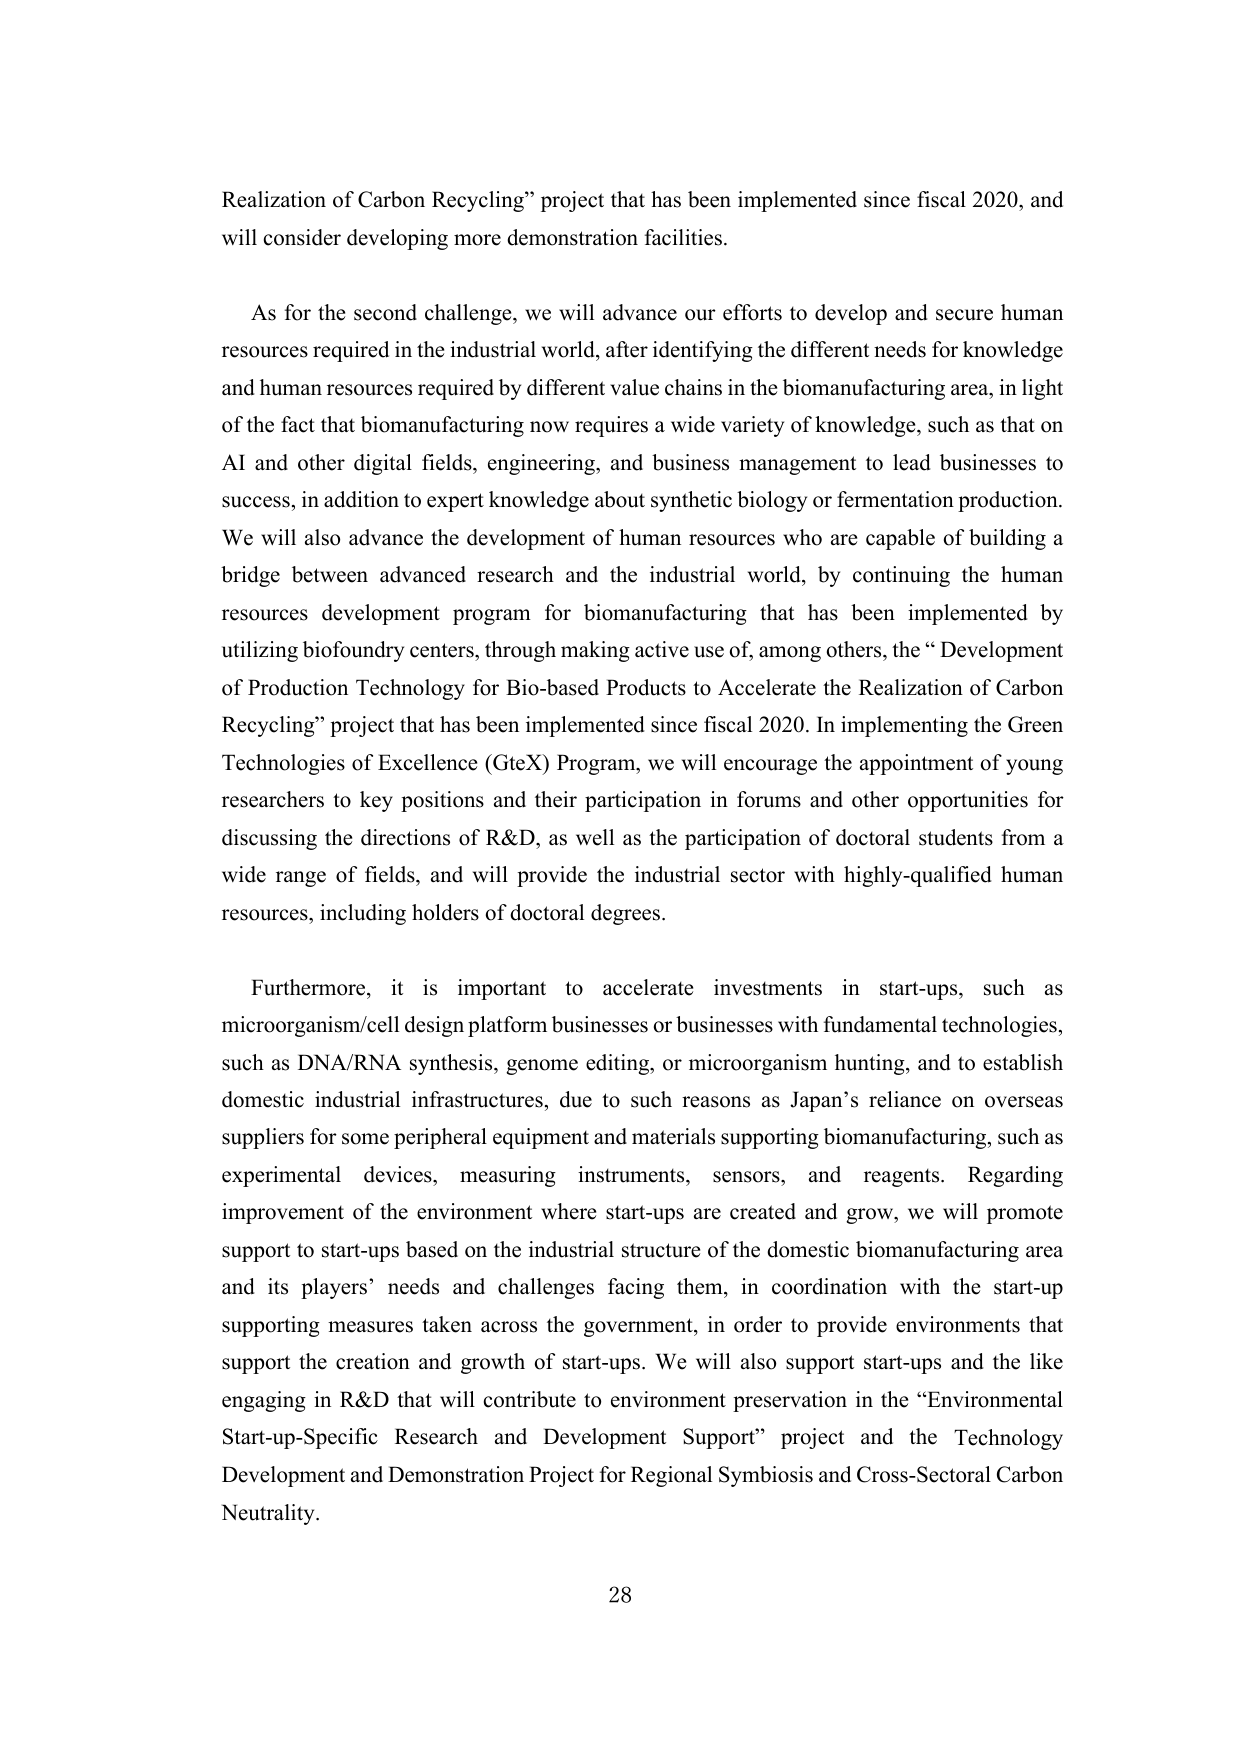
Realization of Carbon Recycling” project that has been implemented since fiscal 2020, and will consider developing more demonstration facilities.

As for the second challenge, we will advance our efforts to develop and secure human resources required in the industrial world, after identifying the different needs for knowledge and human resources required by different value chains in the biomanufacturing area, in light of the fact that biomanufacturing now requires a wide variety of knowledge, such as that on AI and other digital fields, engineering, and business management to lead businesses to success, in addition to expert knowledge about synthetic biology or fermentation production. We will also advance the development of human resources who are capable of building a bridge between advanced research and the industrial world, by continuing the human resources development program for biomanufacturing that has been implemented by utilizing biofoundry centers, through making active use of, among others, the “Development of Production Technology for Bio-based Products to Accelerate the Realization of Carbon Recycling” project that has been implemented since fiscal 2020. In implementing the Green Technologies of Excellence (GteX) Program, we will encourage the appointment of young researchers to key positions and their participation in forums and other opportunities for discussing the directions of R&D, as well as the participation of doctoral students from a wide range of fields, and will provide the industrial sector with highly-qualified human resources, including holders of doctoral degrees.

Furthermore, it is important to accelerate investments in start-ups, such as microorganism/cell design platform businesses or businesses with fundamental technologies, such as DNA/RNA synthesis, genome editing, or microorganism hunting, and to establish domestic industrial infrastructures, due to such reasons as Japan’s reliance on overseas suppliers for some peripheral equipment and materials supporting biomanufacturing, such as experimental devices, measuring instruments, sensors, and reagents. Regarding improvement of the environment where start-ups are created and grow, we will promote support to start-ups based on the industrial structure of the domestic biomanufacturing area and its players’ needs and challenges facing them, in coordination with the start-up supporting measures taken across the government, in order to provide environments that support the creation and growth of start-ups. We will also support start-ups and the like engaging in R&D that will contribute to environment preservation in the “Environmental Start-up-Specific Research and Development Support” project and the Technology Development and Demonstration Project for Regional Symbiosis and Cross-Sectoral Carbon Neutrality.

28